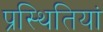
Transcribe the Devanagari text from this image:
प्रस्थितियां